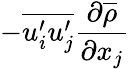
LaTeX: -\overline{{u_{i}^{\prime}u_{j}^{\prime}}}\frac{\partial\overline{{\rho}}}{\partial x_{j}}